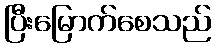
ပြီးမြောက်စေသည်